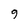
Character: 9